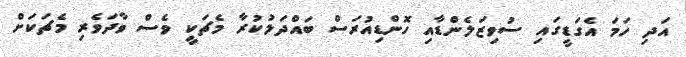
އަދި ހަމަ އެގަޑީގައި ސުވިޒަލެންޑާއި ހޮންޑިއުރަސް ބައްދަލުކުރާ މެޗަކީ ވެސް ވާދަވެރި މެޗަކަށް